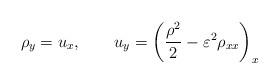
LaTeX: \begin{align*}\rho_{y}=u_{x}, \qquad u_{y}= \left(\frac{\rho ^{2}}{2} -\varepsilon^2 \rho_{xx}\right)_x \end{align*}